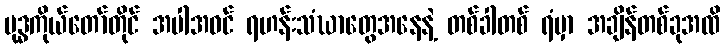
ဗုဒ္ဓကိုယ်တော်တိုင် အပါအဝင် ရဟန်းသံဃာတွေအနေနဲ့ တစ်ခါတစ် ရံမှာ အချိန်တစ်ခုအထိ